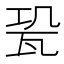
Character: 𤬳